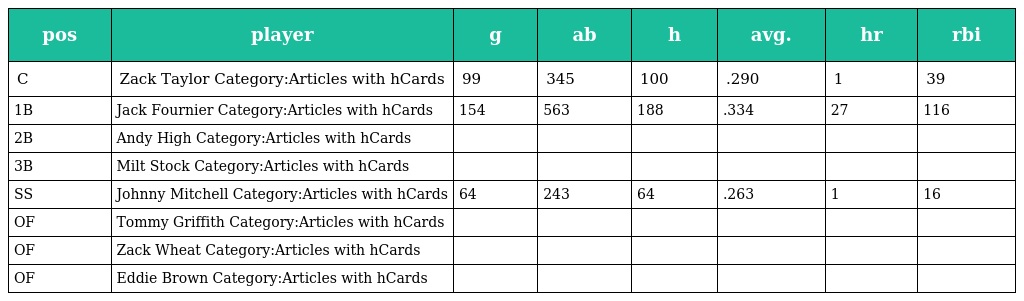
| pos | player | g | ab | h | avg. | hr | rbi |
 | --- | --- | --- | --- | --- | --- | --- | --- |
 | C | Zack Taylor Category:Articles with hCards | 99 | 345 | 100 | .290 | 1 | 39 |
 | 1B | Jack Fournier Category:Articles with hCards | 154 | 563 | 188 | .334 | 27 | 116 |
 | 2B | Andy High Category:Articles with hCards |  |  |  |  |  |  |
 | 3B | Milt Stock Category:Articles with hCards |  |  |  |  |  |  |
 | SS | Johnny Mitchell Category:Articles with hCards | 64 | 243 | 64 | .263 | 1 | 16 |
 | OF | Tommy Griffith Category:Articles with hCards |  |  |  |  |  |  |
 | OF | Zack Wheat Category:Articles with hCards |  |  |  |  |  |  |
 | OF | Eddie Brown Category:Articles with hCards |  |  |  |  |  |  |